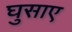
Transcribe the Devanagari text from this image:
घुसाए